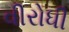
વીરોધી